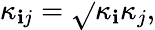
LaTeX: \kappa_{\mathbf{i}j}=\sqrt{}{{\kappa_{\mathbf{i}}\kappa_{j}}},